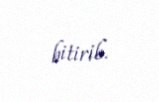
bitirib.